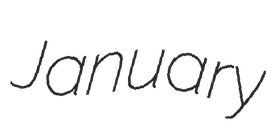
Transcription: January